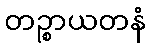
တဉ္စာယတနံ